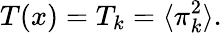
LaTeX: T(x)=T_{k}=\langle\pi_{k}^{2}\rangle.